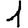
Digit: 1